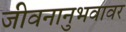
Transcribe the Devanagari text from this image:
जीवनानुभवावर